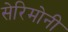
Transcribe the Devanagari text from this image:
सेरिमोनी